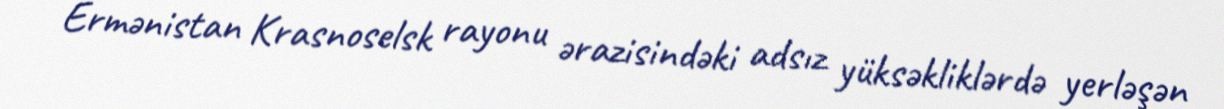
Ermənistan Krasnoselsk rayonu ərazisindəki adsız yüksəkliklərdə yerləşən